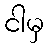
ငါမှ